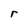
Character: r